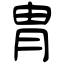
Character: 冑